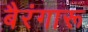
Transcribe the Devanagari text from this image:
बैरंगारू